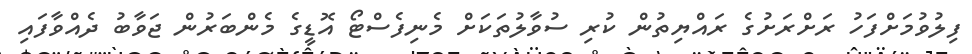
ފިލުވުމަށްފަހު ރަށްރަށުގެ ރައްޔިތުން ކުރި ސުވާލުތަކަށް މެނިފެސްޓޯ އޮޑީގެ މެންބަރުން ޖަވާބު ދެއްވާފައި